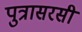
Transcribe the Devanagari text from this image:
पुत्रासरसी